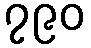
၇၉၀